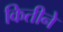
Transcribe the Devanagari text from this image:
कितीने